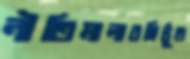
নীতিমালাবহির্ভূত